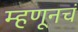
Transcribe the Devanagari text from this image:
म्हणूनचं